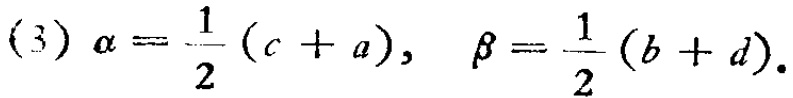
(3) $\alpha = \frac{1}{2}(c + a), \quad \beta = \frac{1}{2}(b + d).$